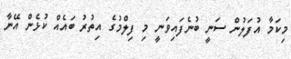
މިކަމާ އުފަލުން ސަނީ ބުނެފައިވަނީ މި ފިލްމުގެ އިތުރު ބައެއް ކުޅެން އޭނާ